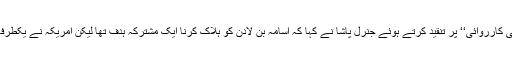
’’پاکستان کو اندھیرے میں رکھ کر ایبٹ آباد میں کی گئی امریکی کارروائی‘‘ پر تنقید کرتے ہوئے جنرل پاشا نے کہا کہ اسامہ بن لادن کو ہلاک کرنا ایک مشترکہ ہدف تھا لیکن امریکہ نے یکطرفہ آپریشن کر کے پاکستان کی خودمختاری کی خلاف ورزی کی۔